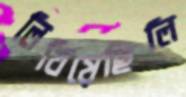
লিখিয়েছিলি